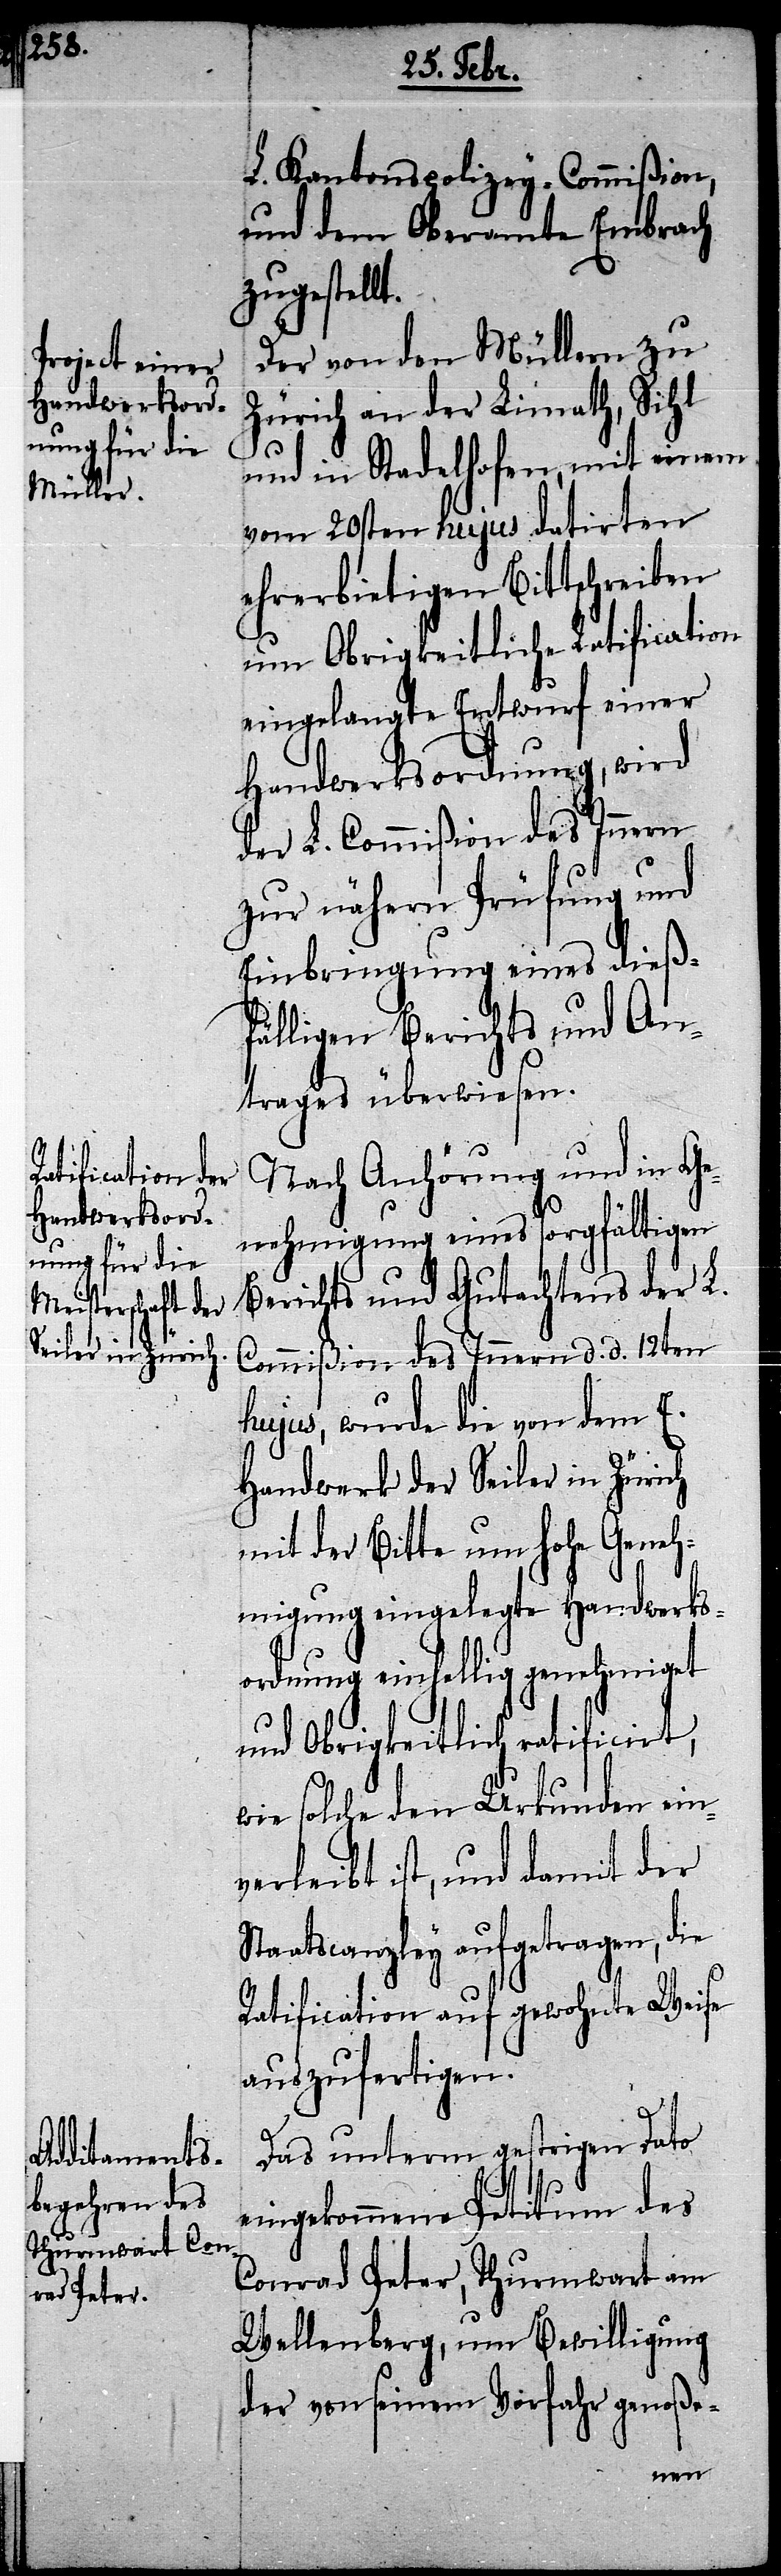
L. Kantonspolizey-Commißion,
und dem Oberamte Embrach
zugestellt.
Der von den Müllern zu
Zürich an der Limath, Sihl
und in Stadelhofen, mit einem
vom 20sten hujus datirten
ehrerbietigen Bittschreiben
um Obrigkeitliche Ratification
eingelangte Entwurf einer
Handwerksordnung, wird
der L. Commißion des Innern
zur nähern Prüfung und
Einbringung eines dieß¬
fälligen Berichts und An¬
trages überwiesen.
Nach Anhörung und in Ge¬
nehmigung eines sorgfältigen
Berichts und Gutachtens der L.
Commißion des Innern d. d. 12ten
hujus, wurde die von dem E.
Handwerk der Seiler in Zürich
mit der Bitte um hohe Geneh¬
migung eingelegte Handwerks¬
ordnung einhellig genehmiget
und Obrigkeitlich ratificirt,
wie solche den Urkunden ein¬
verleibt ist, und damit der
Staatscanzley aufgetragen, die
Ratification auf gewohnte Weise
auszufertigen.
Das unterm gestrigen Dato
eingekommene Petitum des
Conrad Peter, Thurmwart am
Wellenberg, um Bewilligung
der von seinem Vorfahr genoße-